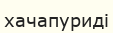
хачапуриді